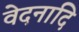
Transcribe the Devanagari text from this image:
वेदनादि